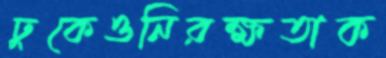
ঢুকেওনিরক্ষতাক